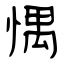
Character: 㥥